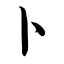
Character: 卜